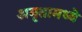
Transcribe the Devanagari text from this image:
अमृतामध्ये